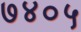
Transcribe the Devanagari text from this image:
७४०५